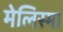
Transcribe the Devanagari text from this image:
मेलिस्मा